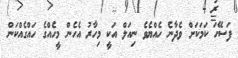
ފަސޭހަ ކަމަކަށް ވެދާނެ ހެއްޔެވެ ނިއަލް އަކީ މިހާރު އެހެން މީހެއްގެ ހައްގެއްކަން